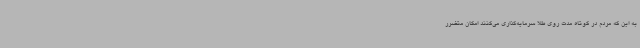
به این که مردم در کوتاه مدت روی طلا سرمایه‌گذاری می‌کنند امکان متضرر